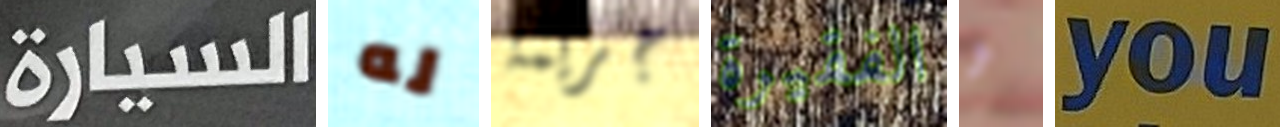
السيارة له جريمة الفقيرة و you